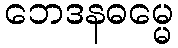
ဘေဒနဓမ္မေ